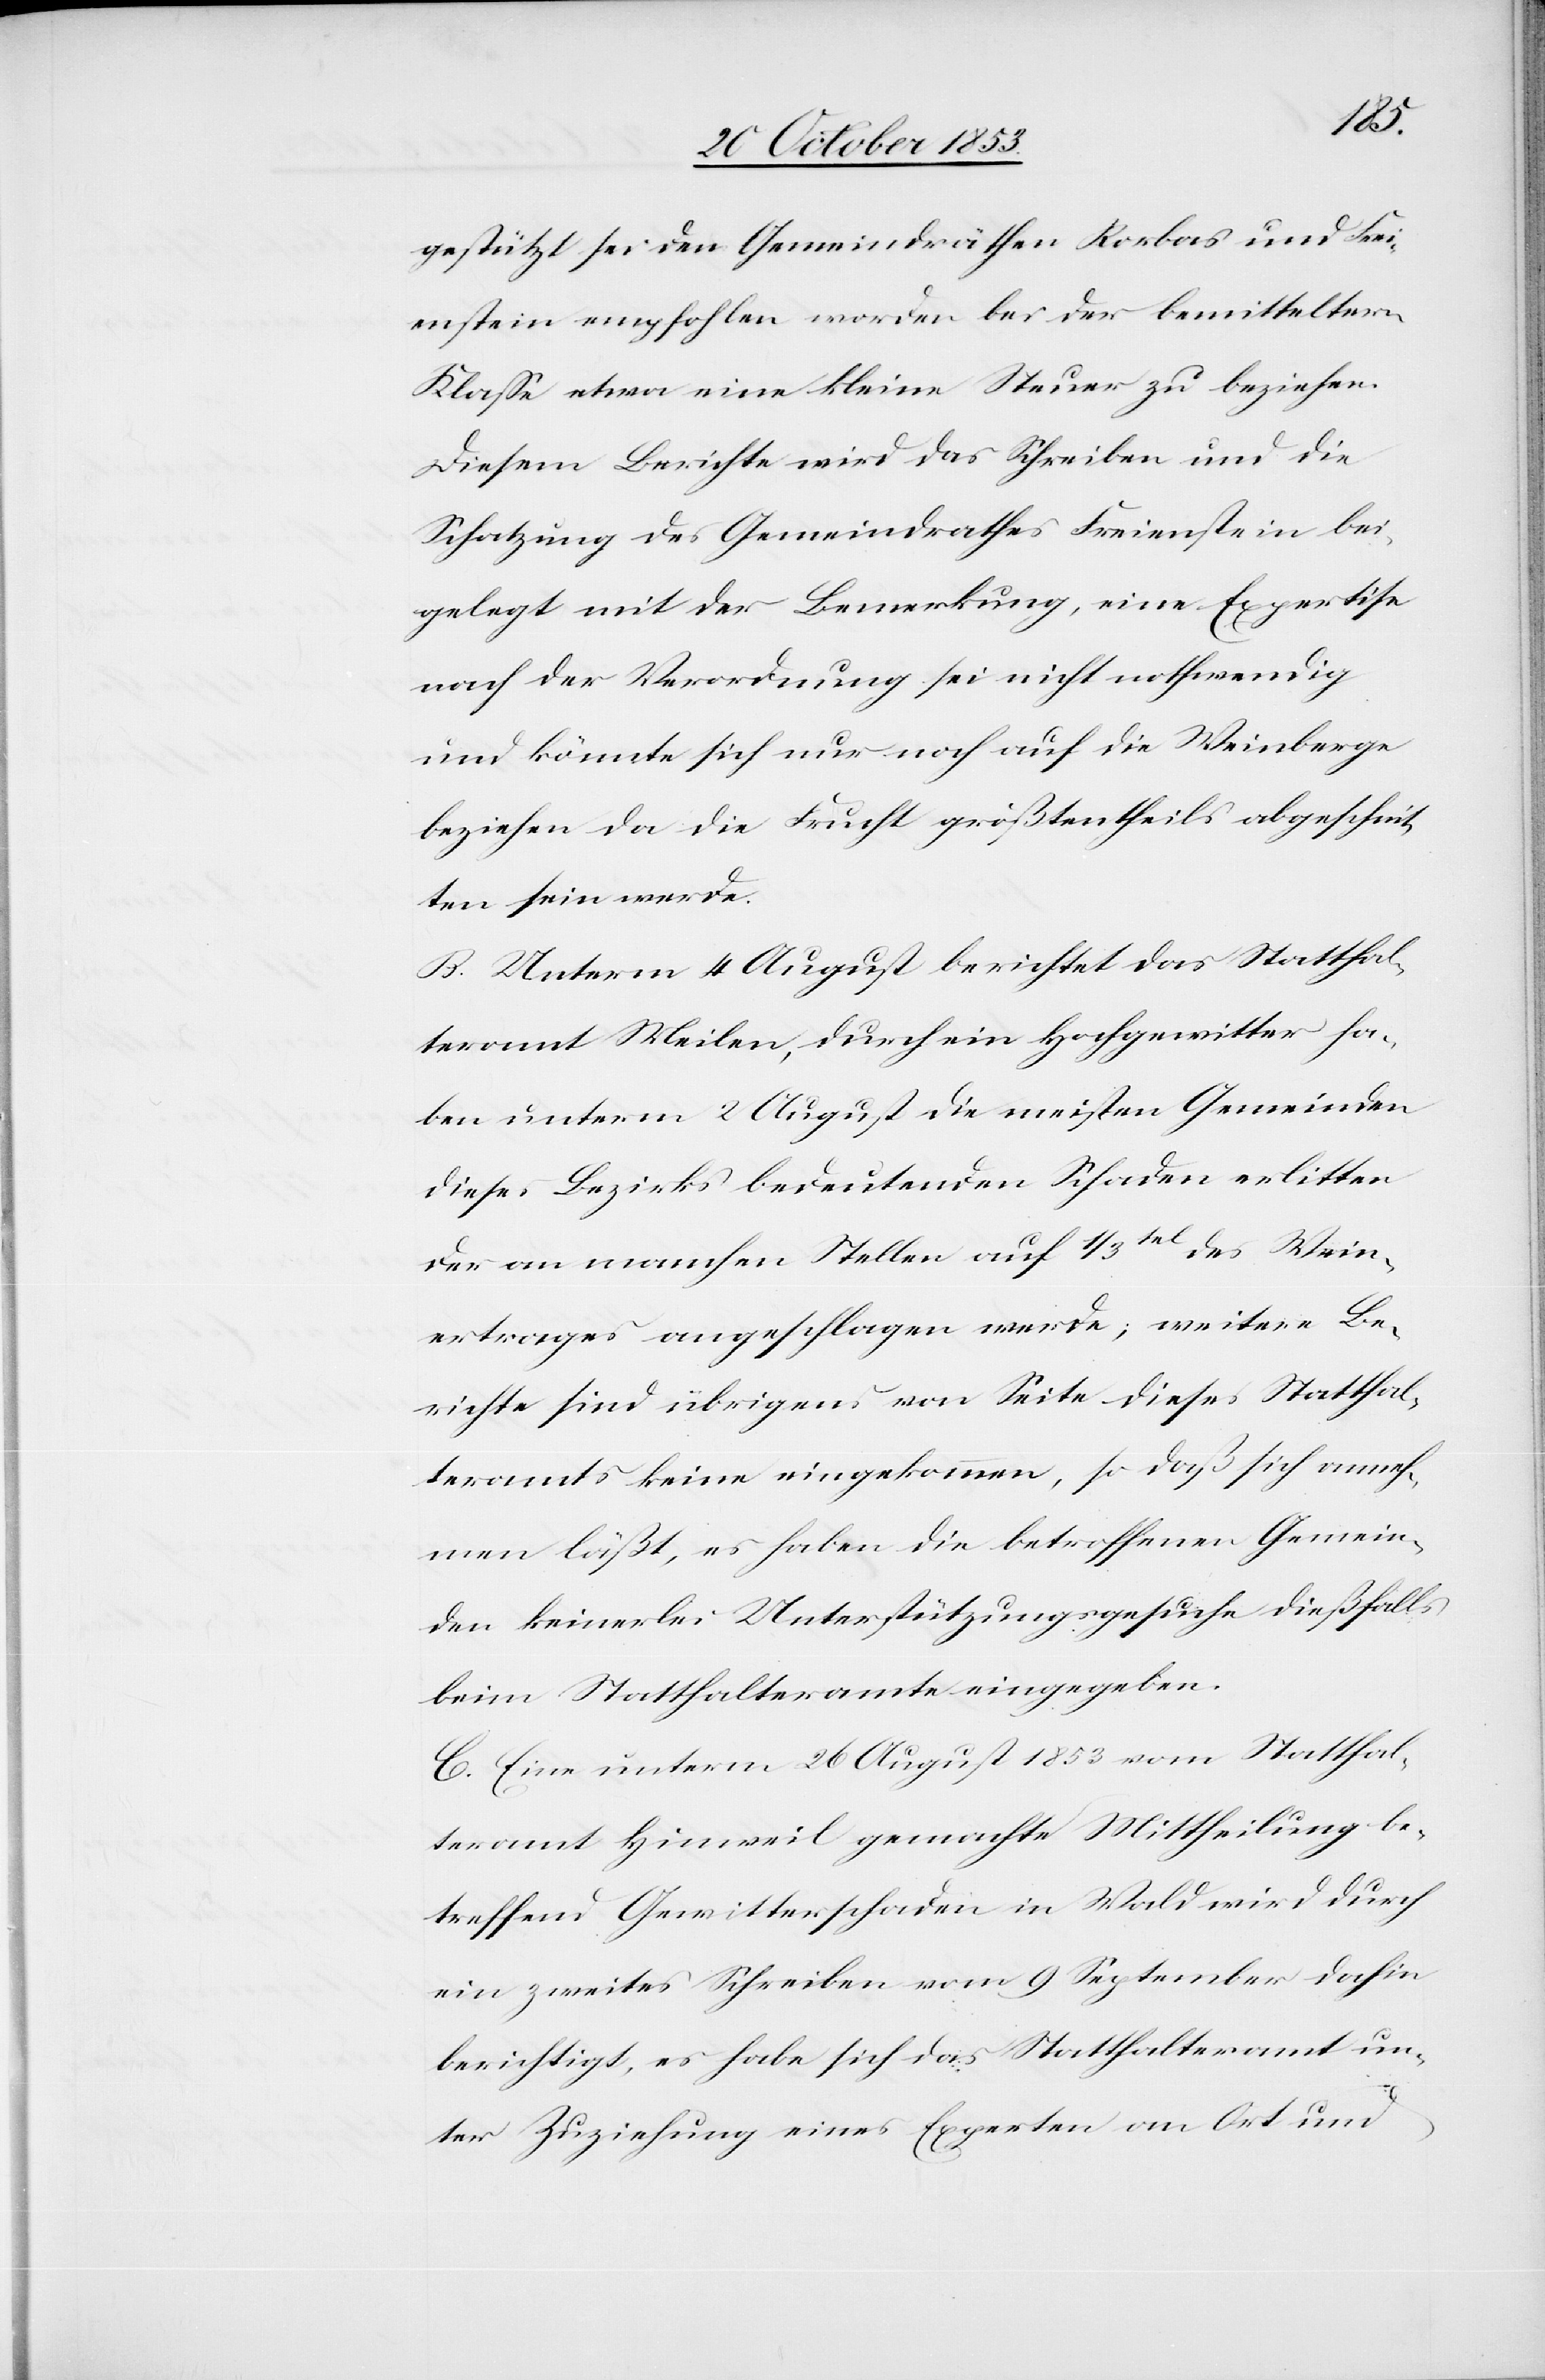
gestützt sei den Gemeindräthen Rorbas und Frei¬
enstein empfohlen worden bei der bemittelten
Klaße etwa eine kleine Steuer zu beziehen.
Diesem Berichte wird das Schreiben und die
Schatzung des Gemeindrathes Freienstein bei¬
gelegt mit der Bemerkung, eine Expertise
nach der Verordnung sei nicht nothwendig
und könnte sich nur noch auf die Weinberge
beziehen da die Frucht größtentheils abgeschnit¬
ten sein werde.
B. Unterm 4 August berichtet das Statthal¬
teramt Meilen, durch ein Hochgewitter ha¬
ben unterm 2 August die meisten Gemeinden
dieses Bezirks bedeutenden Schaden erlitten
der an manchen Stellen auf 1/3tel des Wein¬
ertrages angeschlagen werde; weitere Be¬
richte sind übrigens von Seite dieses Statthal¬
teramts keine eingekommen, so daß sich anneh¬
men läßt, es haben die betroffenen Gemein¬
den keinerlei Unterstützungsgesuche dießfalls
beim Statthalteramte eingegeben.
C. Eine unterm 26 August 1853 vom Statthal¬
teramt Hinweil gemachte Mittheilung be¬
treffend Gewitterschaden in Wald wird durch
ein zweites Schreiben vom 9 September dahin
berichtigt, es habe sich das Statthalteramt un¬
ter Zuziehung eines Experten am Ort und